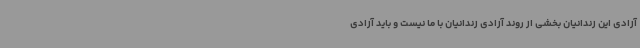
آزادی این زندانیان بخشی از روند آزادی زندانیان با ما نیست و باید آزادی